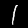
Label: 1